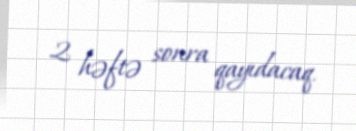
2 həftə sonra qayıdacaq.